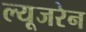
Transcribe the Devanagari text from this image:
ल्यूजरेन